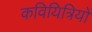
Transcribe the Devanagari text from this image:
कवियित्रियों